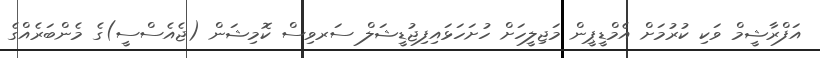
އަފްރާޝީމް ވަކި ކުރުމަށް އެމްޑީޕީން މަޖިލީހަށް ހުށަހަޅައިފިޖުޑީޝަލް ސަރވިސް ކޮމިޝަން (ޖެއެސްސީ)ގެ މެންބަރެއްގެ